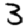
Digit: 3